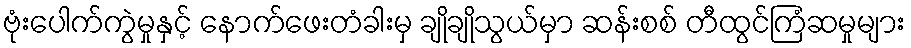
ဗုံးပေါက်ကွဲမှုနှင့် နောက်ဖေးတံခါးမှ ချိုချိုသွယ်မှာ ဆန်းစစ် တီထွင်ကြံဆမှုများ